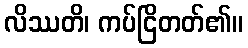
လိဿတိ၊ ကပ်ငြိတတ်၏။